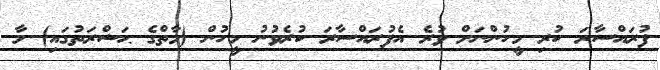
ފުރައްސާރަ ކުރި މީހުންނަށް ވުރެ އެފުރައްސާރަ ކުރެވުނު މީހުން (މާތްގެ ޙަޟްރަތުގައި) މާ